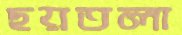
ছয়তলা